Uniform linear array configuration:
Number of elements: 24
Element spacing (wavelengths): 1
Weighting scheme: uniform
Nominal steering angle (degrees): -30
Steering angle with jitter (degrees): -30.183
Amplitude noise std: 0.05
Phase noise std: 0.05

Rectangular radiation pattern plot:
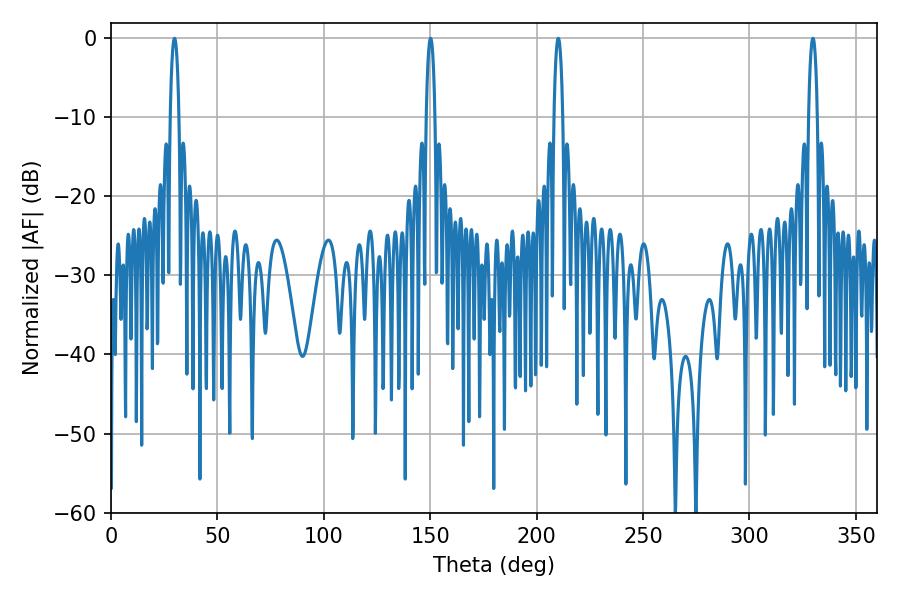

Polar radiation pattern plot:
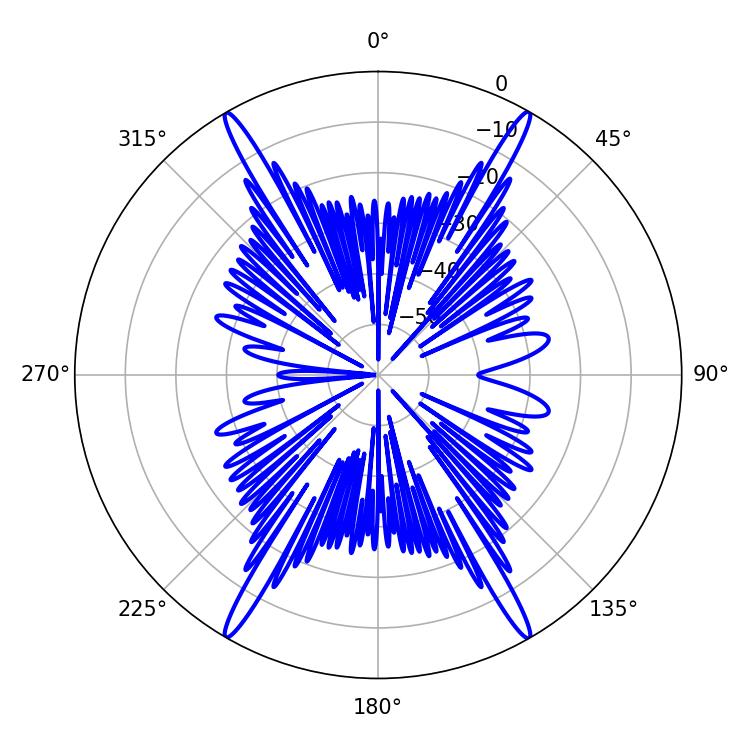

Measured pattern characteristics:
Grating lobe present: TRUE
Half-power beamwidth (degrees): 2.34
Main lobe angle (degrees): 29.88